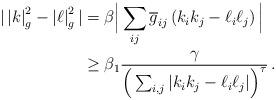
LaTeX: \begin{align*}\begin{aligned} |\left|k\right|_g^2-\left| \ell \right|_g^2 | & = \beta \Big| \sum_{ij}\overline g_{ij}\left(k_i k_j- \ell_i \ell_j\right) \Big| \\& \geq \beta_1 \dfrac{\gamma}{\Big( \sum_{i , j} |k_i k_j - \ell_i \ell_j| \Big)^\tau}\,.\end{aligned}\end{align*}